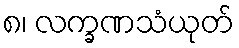
၈၊ လက္ခဏသံယုတ်